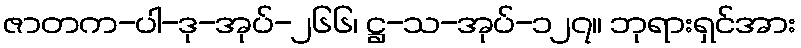
ဇာတက-ပါ-ဒု-အုပ်-၂၆၆၊ ဋ္ဌ-သ-အုပ်-၁၂၇။ ဘုရားရှင်အား